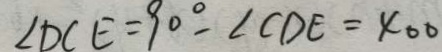
\angle D C E = 9 0 ^ { \circ } , \angle C D E = 4 0 0